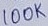
Text: 100K